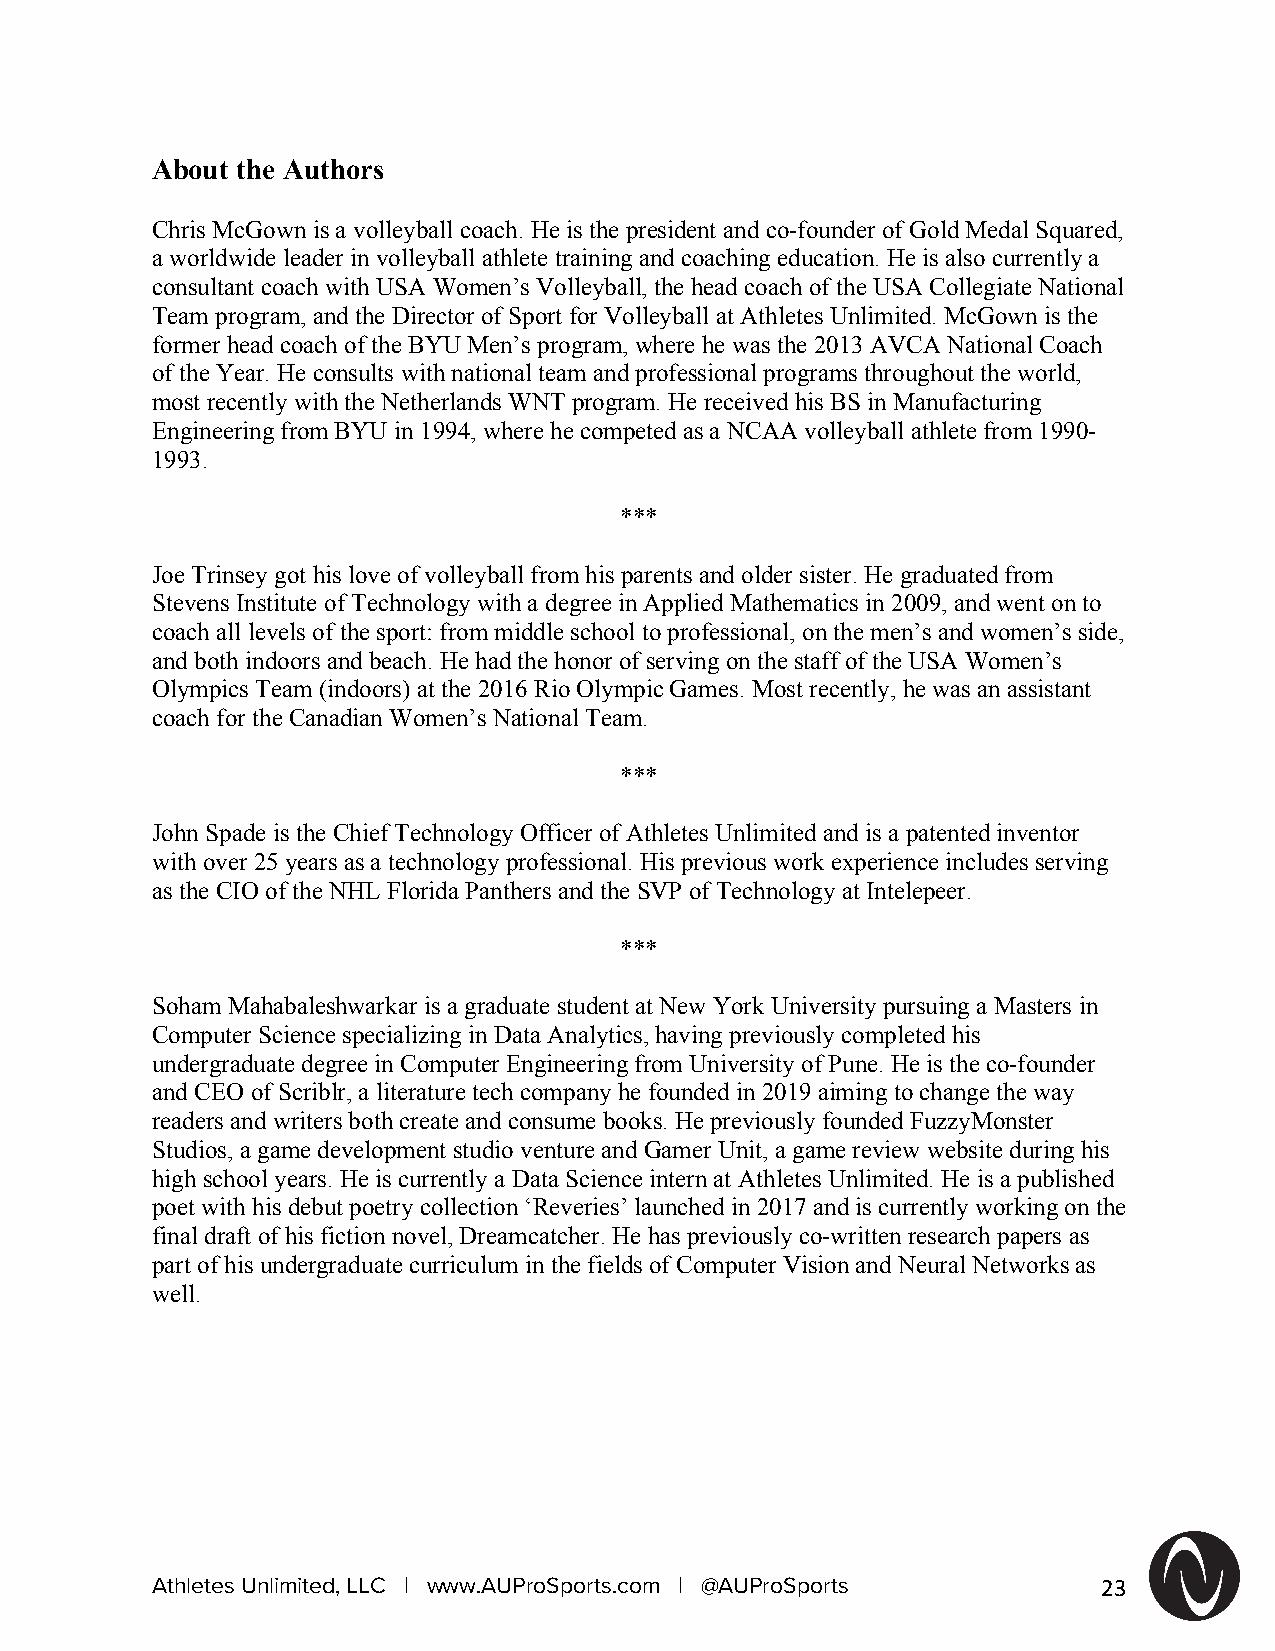
About the Authors
 Chris McGown is a volleyball coach. He is the president and co-founder of Gold Medal Squared,
 a worldwide leader in volleyball athlete training and coaching education. He is also currently a
 consultant coach with USA Women’s Volleyball, the head coach of the USA Collegiate National
 Team program, and the Director of Sport for Volleyball at Athletes Unlimited. McGown is the
 former head coach of the BYU Men’s program, where he was the 2013 AVCA National Coach
 of the Year. He consults with national team and professional programs throughout the world,
 most recently with the Netherlands WNT program. He received his BS in Manufacturing
 Engineering from BYU in 1994, where he competed as a NCAA volleyball athlete from 1990-
 1993.
 ***
 Joe Trinsey got his love of volleyball from his parents and older sister. He graduated from
 Stevens Institute of Technology with a degree in Applied Mathematics in 2009, and went on to
 coach all levels of the sport: from middle school to professional, on the men’s and women’s side,
 and both indoors and beach. He had the honor of serving on the staff of the USA Women’s
 Olympics Team (indoors) at the 2016 Rio Olympic Games. Most recently, he was an assistant
 coach for the Canadian Women’s National Team.
 ***
 John Spade is the Chief Technology Officer of Athletes Unlimited and is a patented inventor
 with over 25 years as a technology professional. His previous work experience includes serving
 as the CIO of the NHL Florida Panthers and the SVP of Technology at Intelepeer.
 ***
 Soham Mahabaleshwarkar is a graduate student at New York University pursuing a Masters in
 Computer Science specializing in Data Analytics, having previously completed his
 undergraduate degree in Computer Engineering from University of Pune. He is the co-founder
 and CEO of Scriblr, a literature tech company he founded in 2019 aiming to change the way
 readers and writers both create and consume books. He previously founded FuzzyMonster
 Studios, a game development studio venture and Gamer Unit, a game review website during his
 high school years. He is currently a Data Science intern at Athletes Unlimited. He is a published
 poet with his debut poetry collection ‘Reveries’ launched in 2017 and is currently working on the
 final draft of his fiction novel, Dreamcatcher. He has previously co-written research papers as
 part of his undergraduate curriculum in the fields of Computer Vision and Neural Networks as
 well.
 Athletes Unlimited, LLC | www.AUProSports.com | @AUProSports   23